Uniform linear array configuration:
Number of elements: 16
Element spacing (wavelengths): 1
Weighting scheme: uniform
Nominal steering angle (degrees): -45
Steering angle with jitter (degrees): -46.117
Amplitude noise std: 0.05
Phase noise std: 0.05

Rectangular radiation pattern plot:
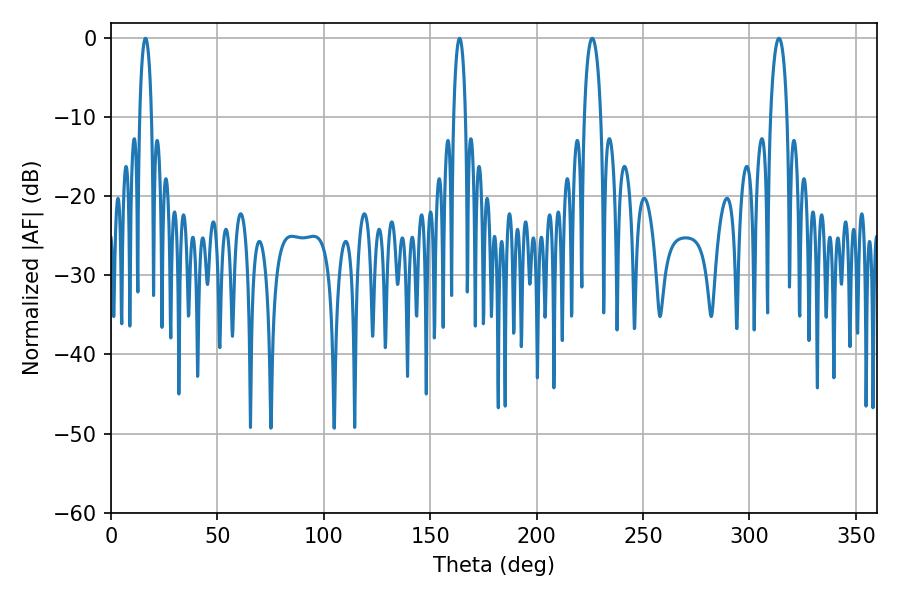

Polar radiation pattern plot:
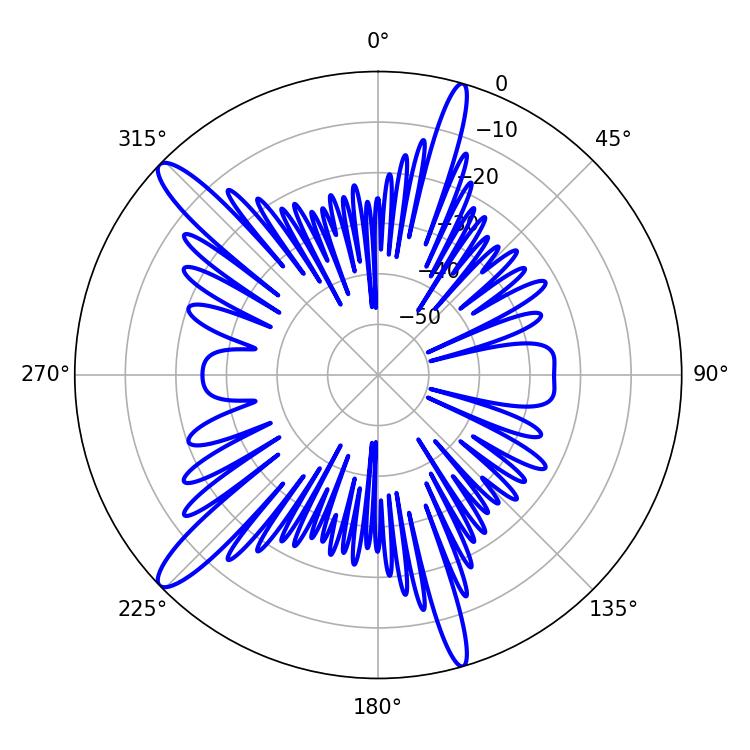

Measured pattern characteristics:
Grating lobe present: TRUE
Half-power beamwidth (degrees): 3.24
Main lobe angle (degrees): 16.2